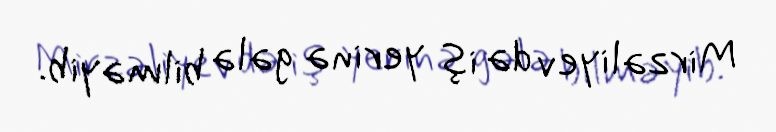
Mirzəliyev də iş yerinə gələ bilməyib.